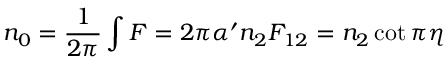
n _ { 0 } = { \frac { 1 } { 2 \pi } } \int F = 2 \pi \alpha ^ { \prime } n _ { 2 } F _ { 1 2 } = n _ { 2 } \cot \pi \eta